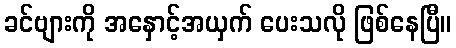
ခင်ဗျားကို အနှောင့်အယှက် ပေးသလို ဖြစ်နေပြီ။